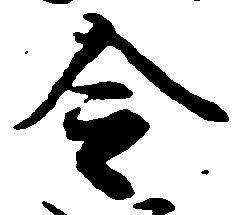
令